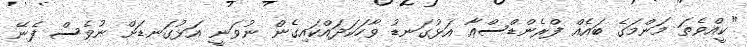
"ކީއްވެތަ މަންމަގެ ބައެއް ފްރެންޑްސްއާ އަޅުގަނޑު ވާހަކަދައްކައިގެން ނުވަނީ އަޅުގަނޑަށް ނުވެސް ފެނޭ